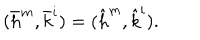
LaTeX: ( \bar { h } ^ { m } , \bar { k } ^ { i } ) = ( \hat { h } ^ { m } , \hat { k } ^ { i } ) .